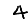
Digit: 4